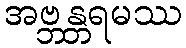
အဗ္ဘန္တရမဿ